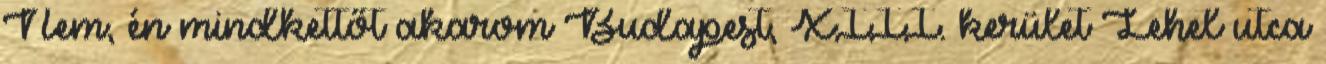
Nem, én mindkettőt akarom Budapest, XIII. kerület Lehel utca